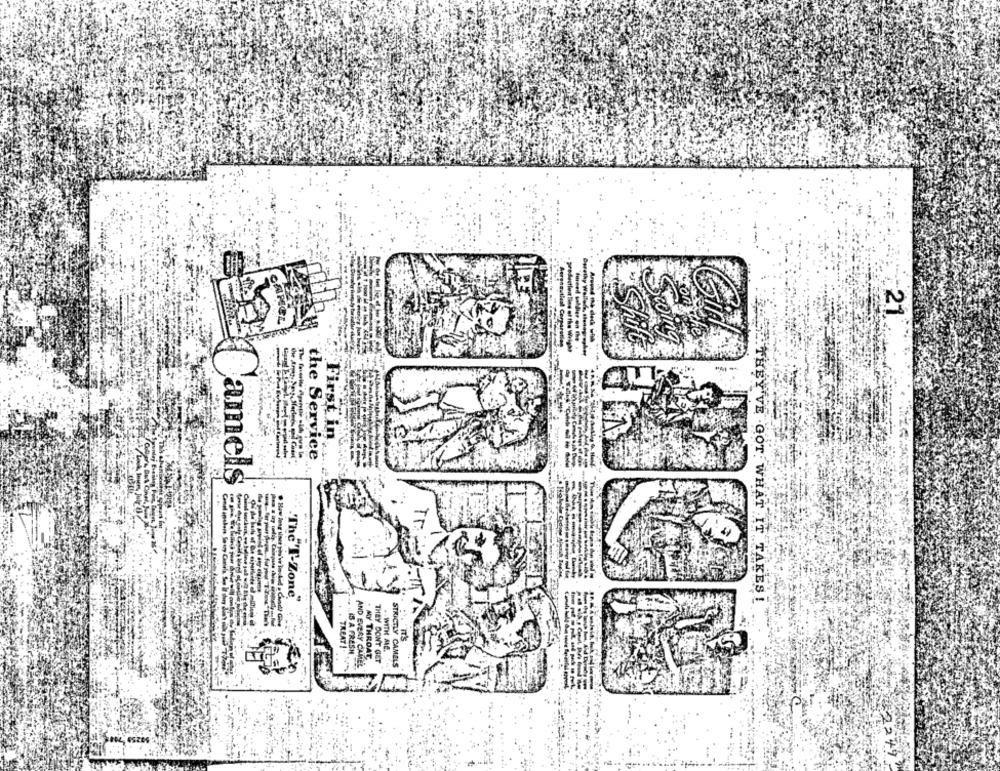
CAR
21
Shift
Scoing
First in
the Service
amels
TE
The T-Zone
EHEL.THEY'VE GOT WHAT IT TAKES !
TREAT !
., IS A FRESH
. MY THROAT.
.. WITH ANE.
AND EVERY CAMEL
THEY DONT GET
STRICTLY CAMELS